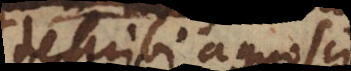
describi agnoscique